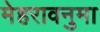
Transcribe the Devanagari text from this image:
मेहरावनुमा